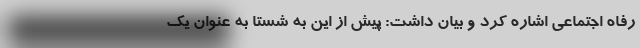
رفاه اجتماعی اشاره کرد و بیان داشت: پیش از این به شستا به عنوان یک